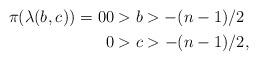
LaTeX: \begin{align*}\begin{aligned}\pi( \lambda(b_{},c_{}))=0&0 > b > -(n-1)/2 \\&0 > c > -(n-1)/2,\end{aligned}\end{align*}